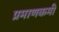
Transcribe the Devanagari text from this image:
प्रमाणकमी